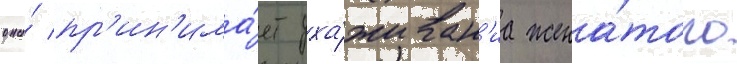
она́ пр'ин'има́ет уха́живан'иа жена́того